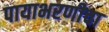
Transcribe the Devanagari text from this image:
पायाभरणीचा